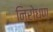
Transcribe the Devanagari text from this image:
निरोधण